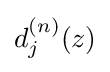
d_{j}^{(n)}(z)